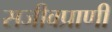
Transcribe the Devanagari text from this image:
सजीवप्राणी